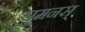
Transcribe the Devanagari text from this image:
सुमनस्‌